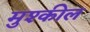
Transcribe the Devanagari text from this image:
मुश्कील